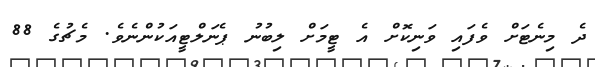
ދެ މިނެޓަށް ވެފައި ވަނިކޮށް އެ ޓީމަށް ލިބުނު ޕެނަލްޓީއަކުންނެވެ. މެޗުގެ 88